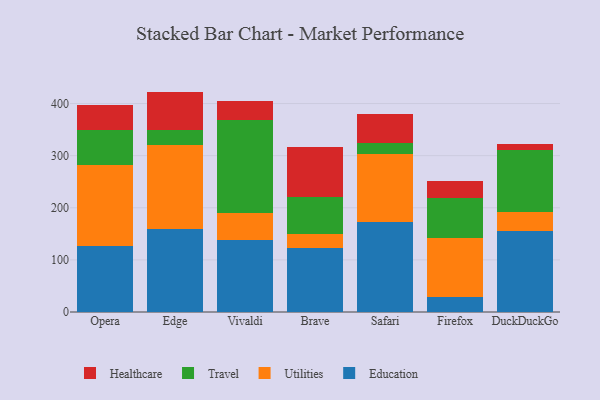
{"axis": {"x": "Browser", "y": "Website Visitors"}, "legend": ["Education", "Healthcare", "Travel", "Utilities"], "data": [{"x": "Opera", "y": 126.6, "type": "Education"}, {"x": "Opera", "y": 156.0, "type": "Utilities"}, {"x": "Opera", "y": 65.8, "type": "Travel"}, {"x": "Opera", "y": 49.2, "type": "Healthcare"}, {"x": "Edge", "y": 159.5, "type": "Education"}, {"x": "Edge", "y": 160.5, "type": "Utilities"}, {"x": "Edge", "y": 29.6, "type": "Travel"}, {"x": "Edge", "y": 73.3, "type": "Healthcare"}, {"x": "Vivaldi", "y": 137.3, "type": "Education"}, {"x": "Vivaldi", "y": 51.9, "type": "Utilities"}, {"x": "Vivaldi", "y": 178.8, "type": "Travel"}, {"x": "Vivaldi", "y": 37.1, "type": "Healthcare"}, {"x": "Brave", "y": 123.2, "type": "Education"}, {"x": "Brave", "y": 26.3, "type": "Utilities"}, {"x": "Brave", "y": 70.7, "type": "Travel"}, {"x": "Brave", "y": 95.7, "type": "Healthcare"}, {"x": "Safari", "y": 173.3, "type": "Education"}, {"x": "Safari", "y": 130.0, "type": "Utilities"}, {"x": "Safari", "y": 21.9, "type": "Travel"}, {"x": "Safari", "y": 54.0, "type": "Healthcare"}, {"x": "Firefox", "y": 28.7, "type": "Education"}, {"x": "Firefox", "y": 114.1, "type": "Utilities"}, {"x": "Firefox", "y": 75.8, "type": "Travel"}, {"x": "Firefox", "y": 32.7, "type": "Healthcare"}, {"x": "DuckDuckGo", "y": 154.5, "type": "Education"}, {"x": "DuckDuckGo", "y": 37.1, "type": "Utilities"}, {"x": "DuckDuckGo", "y": 118.3, "type": "Travel"}, {"x": "DuckDuckGo", "y": 11.9, "type": "Healthcare"}]}